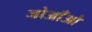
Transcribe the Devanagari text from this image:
जोआँओ